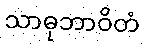
သာဓုဘာဝိတံ